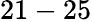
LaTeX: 21-25